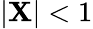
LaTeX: |\mathbf{X}|<1